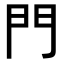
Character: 門